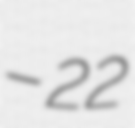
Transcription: – 22